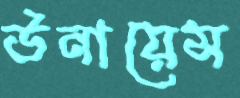
উনায়েস